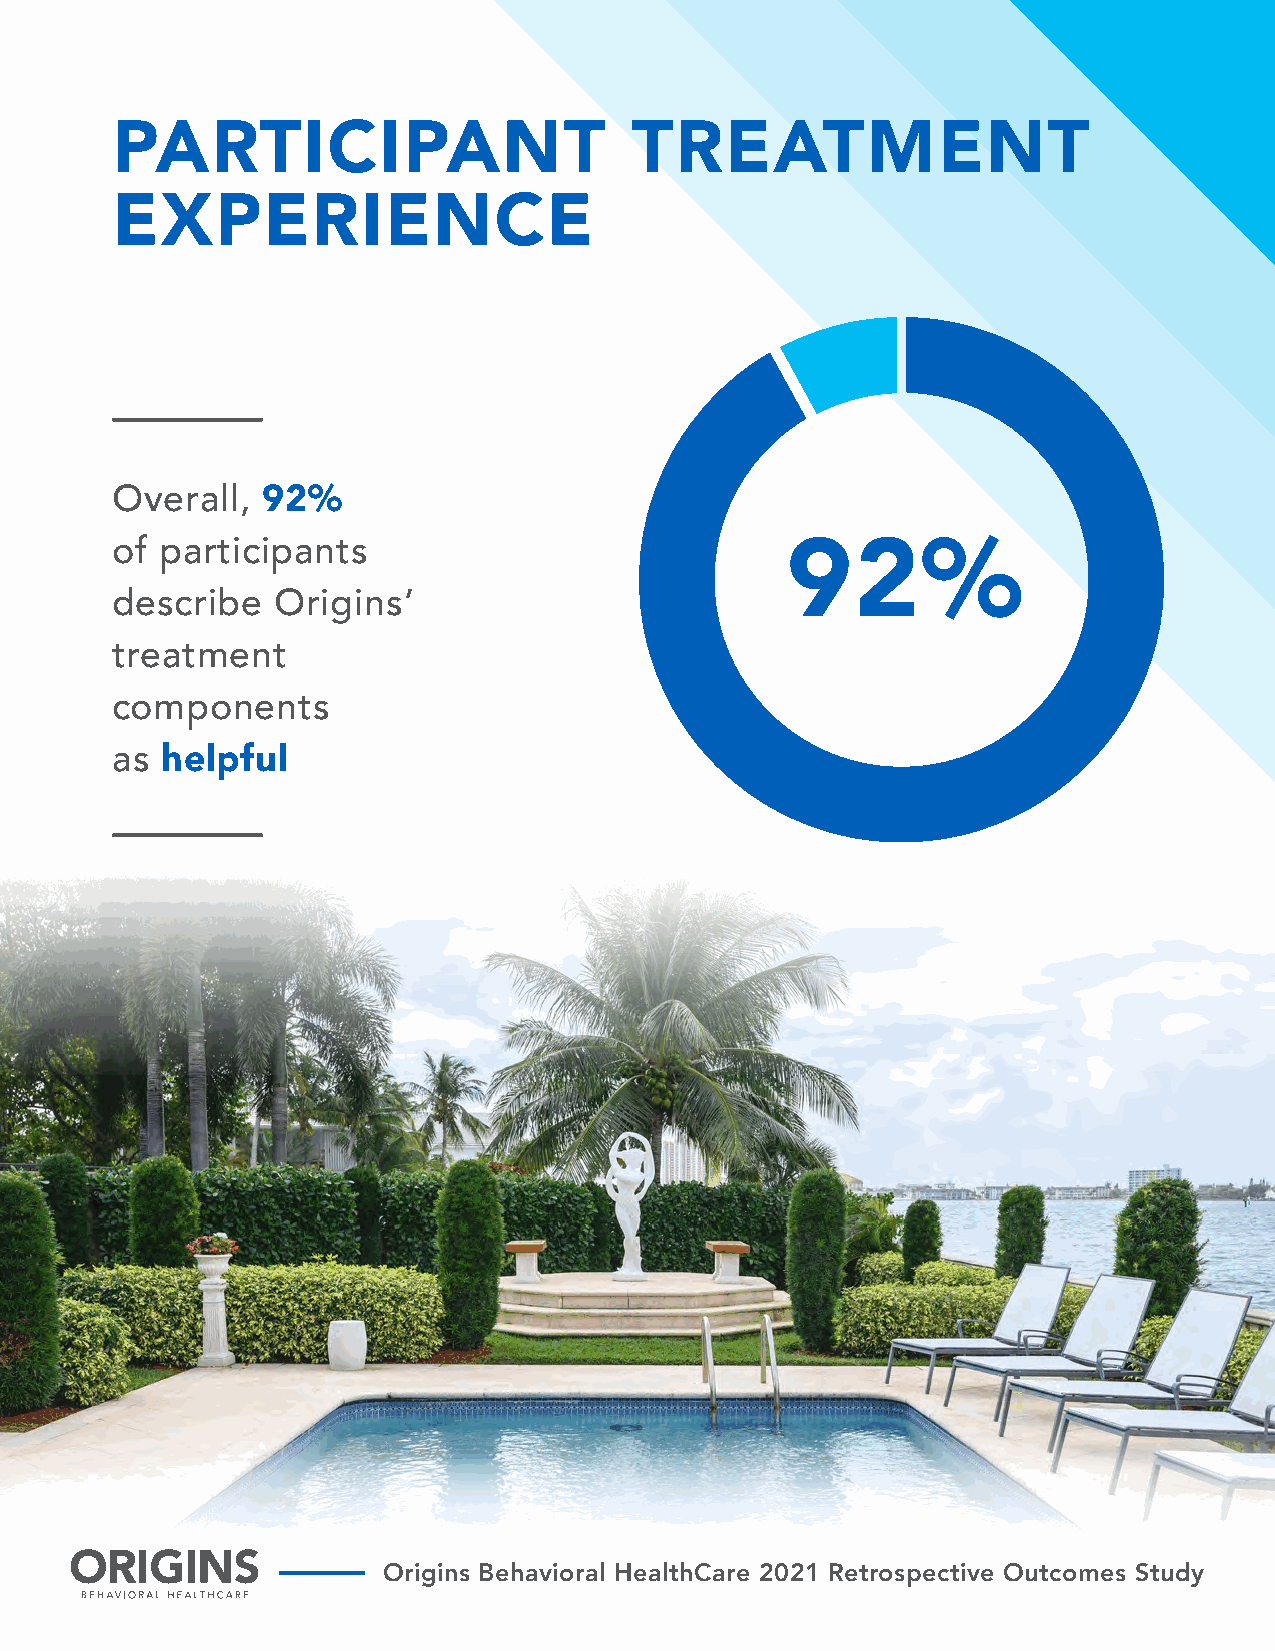
PARTICIPANT                        TREATMENT
 EXPERIENCE
 Overall,  92%
 of  participants
 92%
 describe   Origins’
 treatment
 components
 as  helpful
 Origins Behavioral HealthCare 2021 Retrospective Outcomes Study